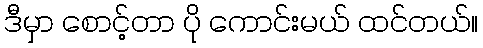
ဒီမှာ စောင့်တာ ပို ကောင်းမယ် ထင်တယ်။